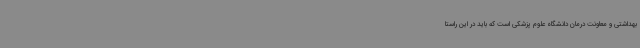
بهداشتی و معاونت درمان دانشگاه علوم پزشکی است که باید در این راستا